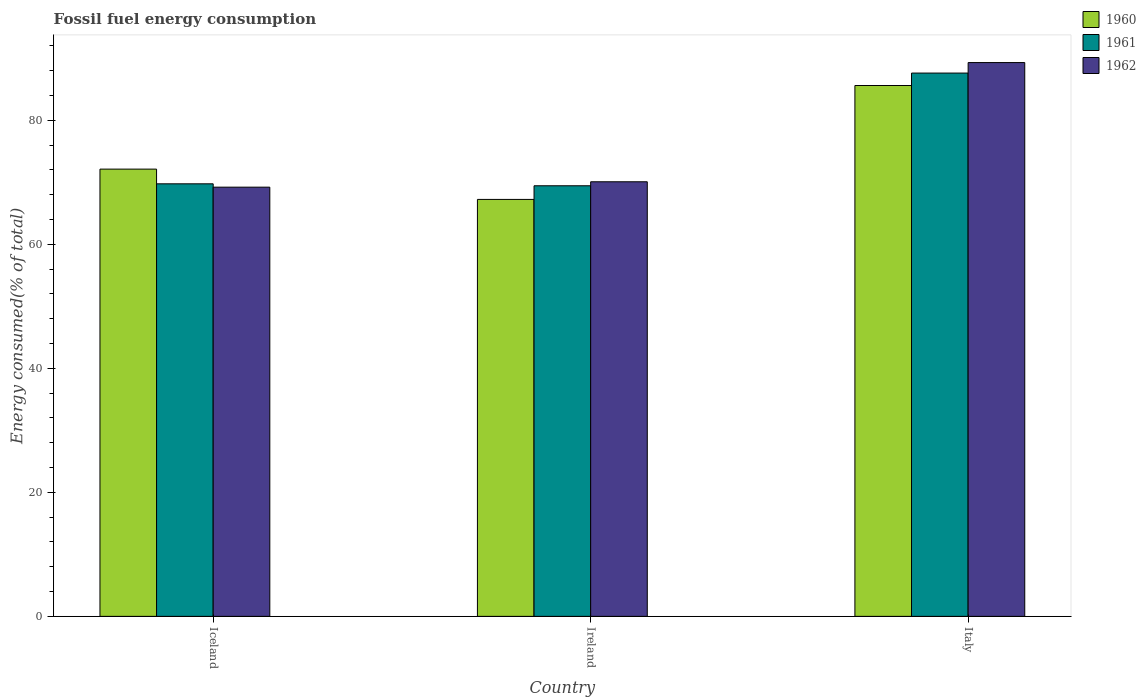
| Country | 1960 | 1961 | 1962 |
 | --- | --- | --- | --- |
 | Iceland | 72.1 | 69.8 | 69.2 |
 | Ireland | 67.2 | 69.4 | 70.1 |
 | Italy | 85.6 | 87.6 | 89.3 |